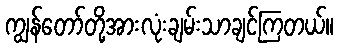
ကျွန်တော်တို့အားလုံးချမ်းသာချင်ကြတယ်။